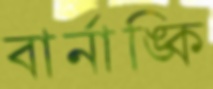
বার্নাঙ্কি